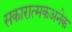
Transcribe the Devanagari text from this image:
सकारात्मकअनेक